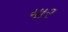
યાર